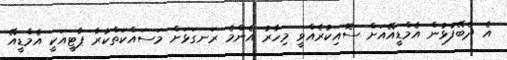
އެ ދެބޭފުޅުން އެމްޑީއޭއަށް ސޮއިކުރެއްވީ މިހާރު އެންމެ ރަނގަޅަށް މަސައްކަތްކުރާ ޕާޓީއަކީ އެމްޑީއޭ